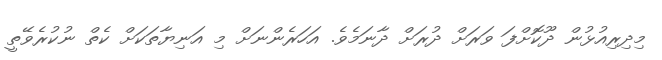
މިދިރިއުޅުން ދޫކޮށްފަ ވަރަށް ދުރަށް ދާނަމެވެ. އަހަރެންނަށް މި އަނިޔާތަކަށް ކެތް ނުކުރެވޭތީ